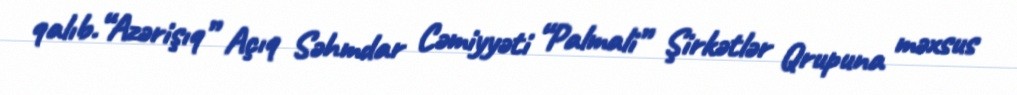
qalıb.“Azərişıq” Açıq Səhmdar Cəmiyyəti “Palmali” Şirkətlər Qrupuna məxsus